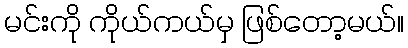
မင်းကို ကိုယ်ကယ်မှ ဖြစ်တော့မယ်။